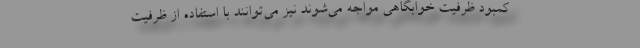
کمبود ظرفیت خوابگاهی مواجه می‌شوند نیز می‌توانند با استفاده از ظرفیت